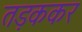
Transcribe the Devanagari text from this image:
तड़ककर